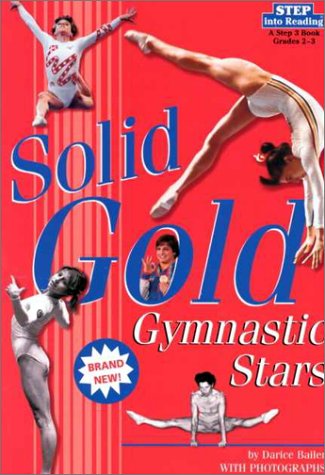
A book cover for Solid Gold: Gymnastic Stars (Step into Reading, Step 3, paper); Darice Bailer; Children's Books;